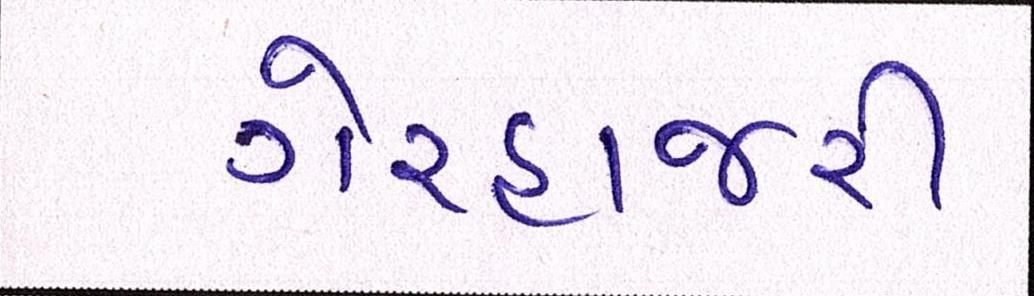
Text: ગેરહાજરી